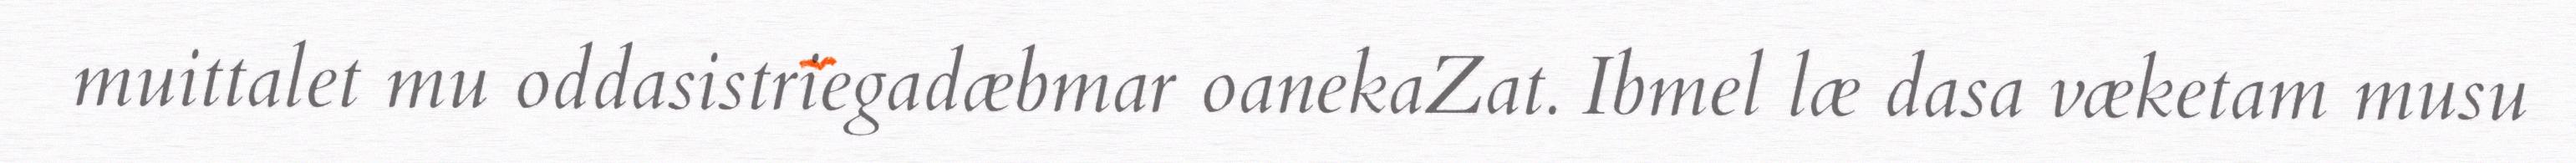
muittalet mu oddasistriegadæbmar oanekaZat. Ibmel læ dasa væketam musu